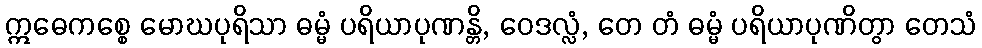
ဣဓေကစ္စေ မောဃပုရိသာ ဓမ္မံ ပရိယာပုဏန္တိ, ဝေဒလ္လံ, တေ တံ ဓမ္မံ ပရိယာပုဏိတွာ တေသံ